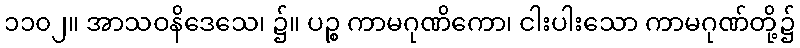
၁၁၀၂။ အာသဝနိဒေသေ၊ ၌။ ပဉ္စ ကာမဂုဏိကော၊ ငါးပါးသော ကာမဂုဏ်တို့၌